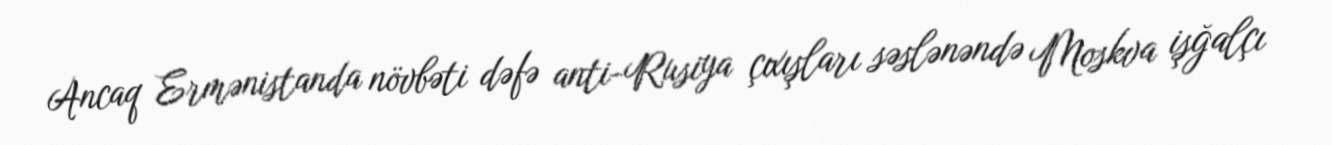
Ancaq Ermənistanda növbəti dəfə anti-Rusiya çıxışları səslənəndə Moskva işğalçı